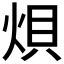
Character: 𪸭